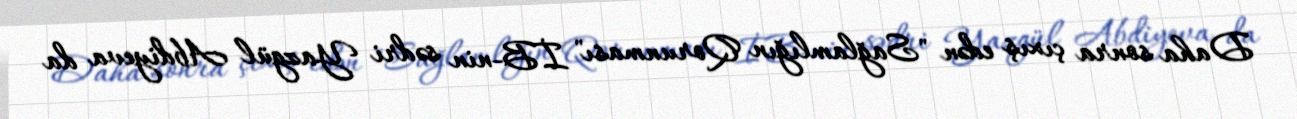
Daha sonra çıxış edən "Sağlamlığın Qorunması" İB-nin sədri Yazgül Abdiyeva da